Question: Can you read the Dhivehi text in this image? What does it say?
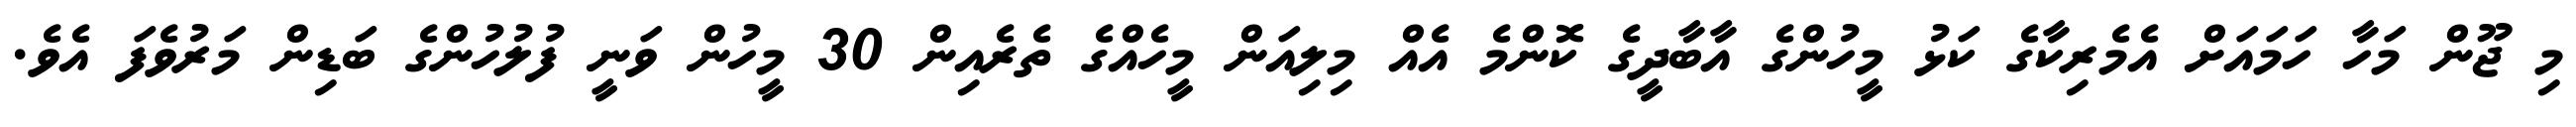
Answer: މި ޖޫން މަހާ ހަމައަށް އެމެރިކާގެ ކަޅު މީހުންގެ އާބާދީގެ ކޮންމެ އެއް މިލިއަން މީހެއްގެ ތެރެއިން 30 މީހުން ވަނީ ފުލުހުންގެ ބަޑިން މަރުވެފަ އެވެ.